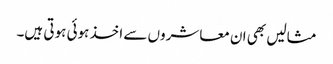
مثالیں بھی ان معاشروں سے اخذ ہوئی ہوتی ہیں۔